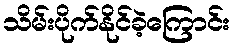
သိမ်းပိုက်နိုင်ခဲ့ကြောင်း